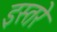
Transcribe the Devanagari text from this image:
इस्तरे